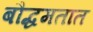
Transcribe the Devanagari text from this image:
बौद्धमतात